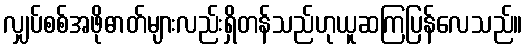
လျှပ်စစ်အဖိုဓာတ်များလည်းရှိတန်သည်ဟုယူဆကြပြန်လေသည်။